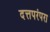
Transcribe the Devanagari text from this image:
दत्तपरंपरा